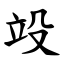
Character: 竐